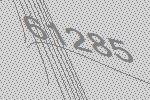
61285